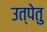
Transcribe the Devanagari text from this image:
उत्पेतु